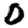
Digit: 0